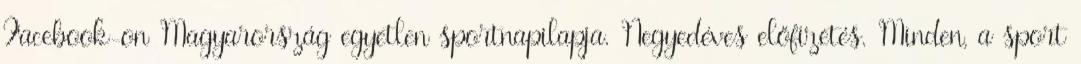
Facebook-on Magyarország egyetlen sportnapilapja. Negyedéves előfizetés. Minden, a sport